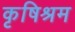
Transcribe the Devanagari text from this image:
कृषिश्रम